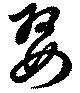
娶